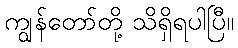
ကျွန်တော်တို့ သိရှိရပါပြီ။